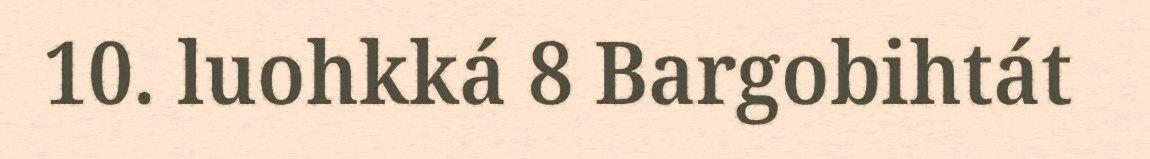
10. luohkká 8 Bargobihtát